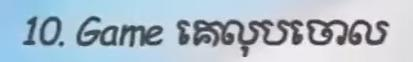
10. Game គេលុបចោល